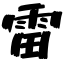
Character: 雷